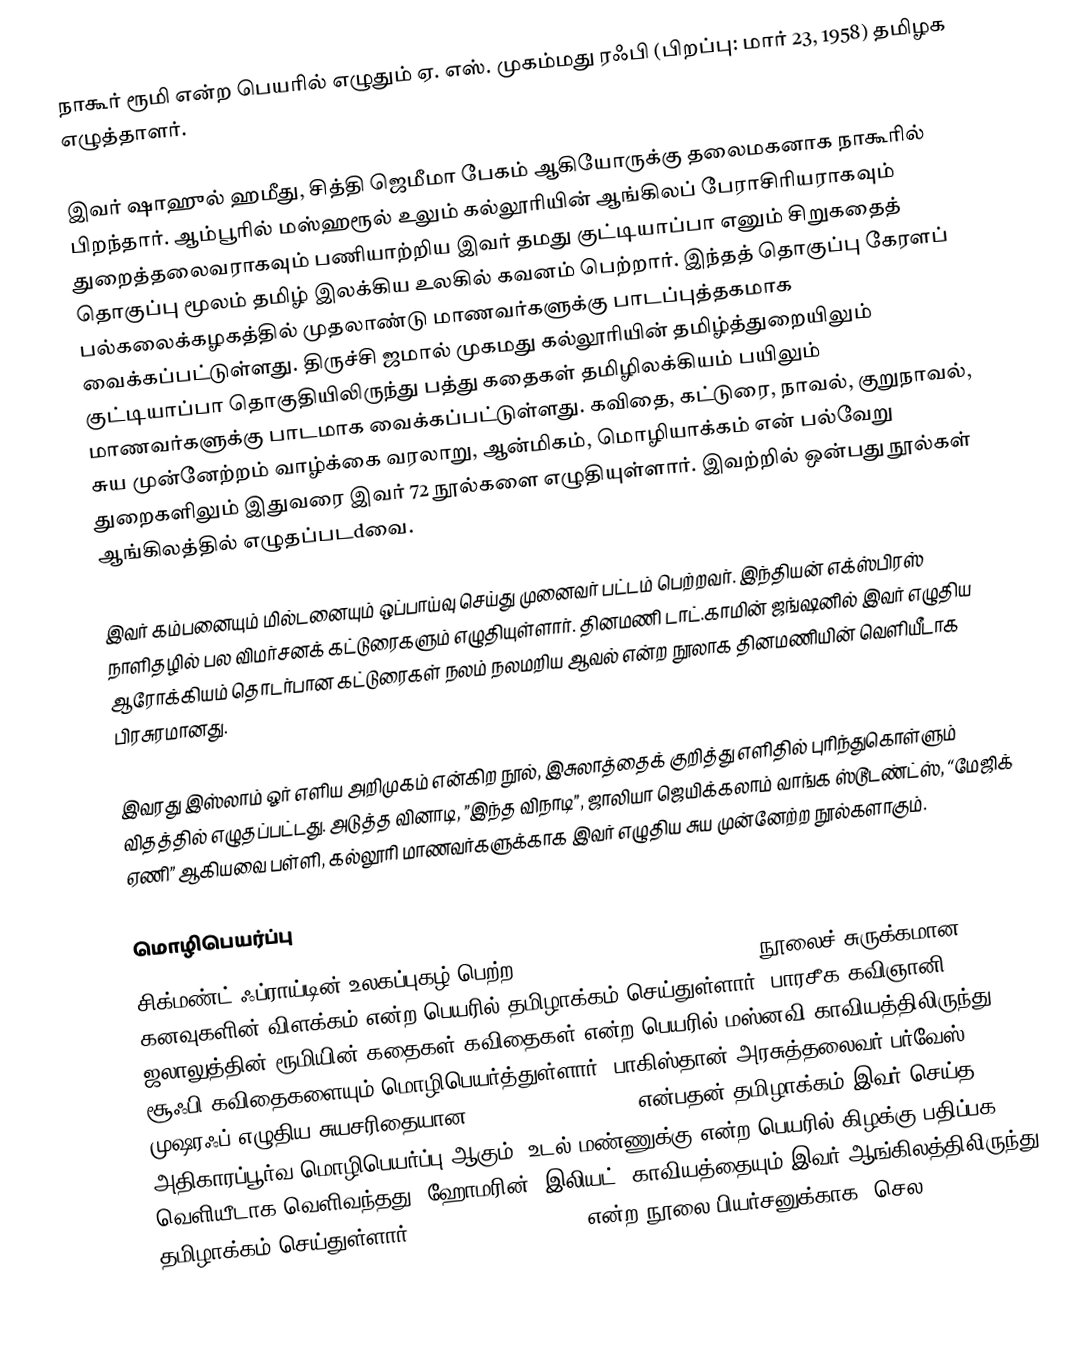
நாகூர் ரூமி என்ற பெயரில் எழுதும் ஏ. எஸ். முகம்மது ரஃபி (பிறப்பு: மார் 23, 1958) தமிழக எழுத்தாளர்.

இவர் ஷாஹுல் ஹமீது, சித்தி ஜெமீமா பேகம் ஆகியோருக்கு தலைமகனாக நாகூரில் பிறந்தார். ஆம்பூரில் மஸ்ஹரூல் உலும் கல்லூரியின் ஆங்கிலப் பேராசிரியராகவும் துறைத்தலைவராகவும் பணியாற்றிய இவர் தமது குட்டியாப்பா எனும் சிறுகதைத் தொகுப்பு மூலம் தமிழ்   இலக்கிய உலகில் கவனம் பெற்றார். இந்தத் தொகுப்பு கேரளப் பல்கலைக்கழகத்தில் முதலாண்டு மாணவர்களுக்கு பாடப்புத்தகமாக வைக்கப்பட்டுள்ளது. திருச்சி ஜமால் முகமது கல்லூரியின் தமிழ்த்துறையிலும் குட்டியாப்பா தொகுதியிலிருந்து பத்து கதைகள் தமிழிலக்கியம் பயிலும் மாணவர்களுக்கு பாடமாக வைக்கப்பட்டுள்ளது. கவிதை, கட்டுரை, நாவல், குறுநாவல், சுய முன்னேற்றம் வாழ்க்கை வரலாறு, ஆன்மிகம், மொழியாக்கம் என் பல்வேறு துறைகளிலும் இதுவரை இவர் 72 நூல்களை எழுதியுள்ளார். இவற்றில் ஒன்பது நூல்கள் ஆங்கிலத்தில் எழுதப்படdவை.

இவர் கம்பனையும் மில்டனையும் ஒப்பாய்வு செய்து முனைவர் பட்டம் பெற்றவர். இந்தியன் எக்ஸ்பிரஸ் நாளிதழில் பல விமர்சனக் கட்டுரைகளும் எழுதியுள்ளார். தினமணி டாட்.காமின் ஜங்ஷனில் இவர் எழுதிய ஆரோக்கியம் தொடர்பான கட்டுரைகள் நலம் நலமறிய ஆவல் என்ற நூலாக தினமணியின் வெளியீடாக  பிரசுரமானது.

இவரது இஸ்லாம் ஓர் எளிய அறிமுகம் என்கிற நூல், இசுலாத்தைக் குறித்து எளிதில் புரிந்துகொள்ளும் விதத்தில் எழுதப்பட்டது. அடுத்த வினாடி, ”இந்த விநாடி”, ஜாலியா ஜெயிக்கலாம் வாங்க ஸ்டூடண்ட்ஸ், “மேஜிக் ஏணி” ஆகியவை பள்ளி, கல்லூரி மாணவர்களுக்காக இவர் எழுதிய சுய முன்னேற்ற நூல்களாகும்.

மொழிபெயர்ப்பு
சிக்மண்ட் ஃப்ராய்டின் உலகப்புகழ் பெற்ற The Interpretation of Dreams நூலைச் சுருக்கமான கனவுகளின் விளக்கம் என்ற பெயரில் தமிழாக்கம் செய்துள்ளார். பாரசீக கவிஞானி ஜலாலுத்தின் ரூமியின் கதைகள் கவிதைகள் என்ற பெயரில் மஸ்னவி காவியத்திலிருந்து சூஃபி கவிதைகளையும் மொழிபெயர்த்துள்ளார். பாகிஸ்தான் அரசுத்தலைவர் பர்வேஸ் முஷரஃப் எழுதிய சுயசரிதையான In the Line of Fire என்பதன் தமிழாக்கம் இவர் செய்த அதிகாரப்பூர்வ மொழிபெயர்ப்பு ஆகும். உடல் மண்ணுக்கு என்ற பெயரில் கிழக்கு பதிப்பக வெளியீடாக வெளிவந்தது. ஹோமரின் 'இலியட்' காவியத்தையும் இவர் ஆங்கிலத்திலிருந்து தமிழாக்கம் செய்துள்ளார். The Rules of Wealth என்ற நூலை பியர்சனுக்காக ”செல